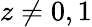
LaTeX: z\neq 0,1